Vital statistics of India. Vol. VI, European troops 1870-79
Year: 1870
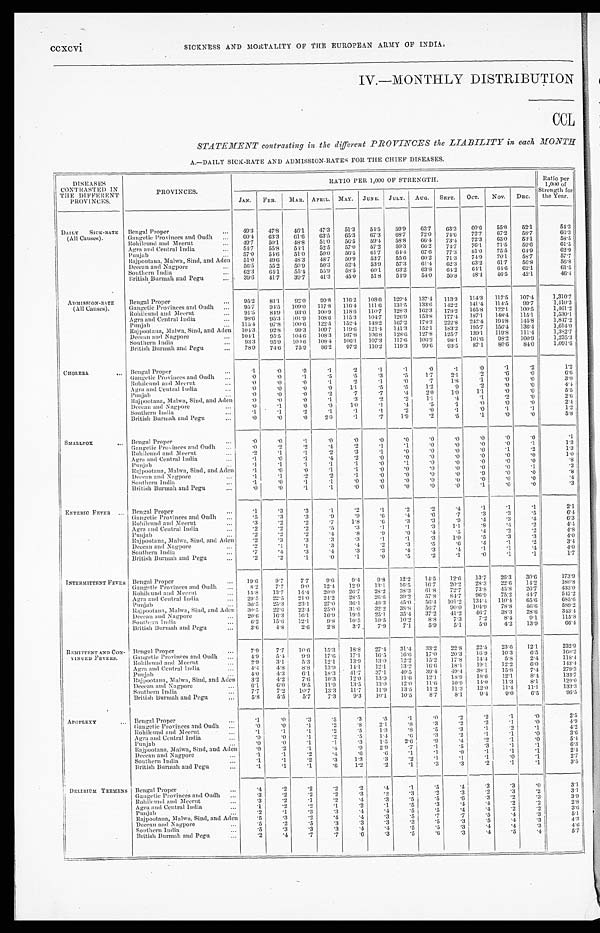
ccxcvi
SICKNESS AND MORTALITY OF THE EUROPEAN ARMY OF INDIA.
IV.—MONTHLY DISTRIBUTION
CCL
STATEMENT contrasting in the different PROVINCES the LIABILITY in each MONTH
A.—DAILY SICK-RATE AND ADMISSION-RATES FOR THE CHIEF DISEASES.
DISEASES
CONTRASTED IN
THE DIFFERENT
PROVINCES.
PROVINCES.
RATIO PER 1,000 OF STRENGTH.
Ratio per
1, 000 of
Strength for
the Year.
JAN. FEB.
MAR. APRIL. MAY. JUNE. JULY. AUG. SEPT. OCT.
NOV. DEC.
DAILY SICK-RATE
(All Causes).
Benga1 Proper
. . .
49. 3
47.8 46.1
47.3
51.3
54.5
59.9
63.7
63.3
60.6
55.8
52.1
54. 3
Gangetic Provinces and Oudh
. . . 60.4
63.3 61.6
63.5
65.3
67.3
68.7
72.0
74.6
72.7
67.2 58.7
66.3
Rohilcund and Meerut
. . . 49. 7
50.1
48.8
51.0
56.5
59.4
58.8
66.4
73.4
72.3
65.0
53.1
5 8 . 5
Agra and Central India
. . . 54.7
55.8 54. 1
52.5
57.0
57.2
59.3
66.2
74.7
76.1
71.5
59.6
6 1 . 5
Punjab
. . . 57. 0
54.6 51.0
50.0
56.5
61.7
6 4 . 4
67.6
77.3
81.0
75.5
6 4 . 9
62.9
Rajpootana, Malwa, Sind, and Aden
51. 0
49.6 48. 3
48.7
50.9
53.7
55.6
60.2
71.3
74.9
70.1 58.7
5 7 . 7
Deccan and Nagpore
. . . 56.5
55 2
50. 9
50.3
52.4
53.9
57.3
61.4
62.3
63.2
61.7
56.8
56.8
Southern India
. . . 62. 3
64.1 55.4
55.9
58.5
60.1
63.2
63.8
64.2
64.1
6 4 . 6
62.1
61.5
British Burmah and Pegu
. . . 39. 6
41.7 39. 7
41.3
45.0
51.8
54.9
54.0
50.8
48.4
46.5
42.1
46.4
ADMISSION-RATE
(All Causes).
Bengal Proper
. . . 95.2
81.1 92.0 99.8
116.2 108.6
129.4
137.4
113.3 114.3
117.5 107.4
1,310.7
Gangetic Provinces and Oudh
. . . 95.7
94.5 109.0 117.8
116.4
111.6 131.5 133.6
142.2
141.4 114.5
99.7
1, 410. 3
Rohilcund and Meerut
. . . 91.5
84.9 93.0 100.9 118.6 110.7
128.3 162.3 178.2
1 6 5 . 8
122.1
1 0 0 . 5
1 , 4 6 1 . 2
Agra and Central India
. . . 98.6
95.3 101.9 108.6
115.3
104.7
126.9
153.8
177.4
1 8 7 . 1
148.4
115.1
1,530.1
Punjab
. . . 115.4
97.8 100.6 122.5 152.4 148.2
167.2 178.3
222.8
2 4 2 . 4
1 9 4 . 8
1 4 5 . 8
1 , 8 4 7 . 2
Rajpootana, Malwa, Sind, and Aden 104.3
92.8 99.3 109.7
119.6
121.4
141.3 152.1
183.2 195.7
1 5 6 . 4 136.4
1,614.0
Deccan and Nagpore
. . . 104.1
95.5 104.6 108.3
107.8 106.8 128.6
127.8
125.7 139.1
1 1 9 . 8
1 1 1 . 4
1,382.7
Southern India
...
93.3
95.9 100.6 108.4
106.1
107.3
117.6 106.2
98.1
101.6
98.2
100.9
1,235.3
British Burmah and Pegu
. . . 78.9
74.6 75.9
86.2
97.2
110.2
119.3
99.6
93.5
87.1
80.6
84.0
1,091.6
CHOLERA.
. . .
Bengal Proper
. . .
. 1
.0
. 3
. 1
. 2
. 1
. 1
. 0
. 1
. 0
.1
.2
1.2
Gangetic Provinces and Oudh ...
.0
.0 .1
.5
.5
.3
.5
1.7
2.1
. 2
. 6
. 0
6 . 6
Rohilcund and Meerut
...
.0
.0 .0
. 1
.2
. 1
.0
. 7
1.8
.1
.0
.0
3 . 0
Agra and Central India
...
.0
.0 .0
.0
1. 1
.5
.5
1.2
.9
.2
. 0
. 0
4 . 4
Punjab
. . .
.0
.0 .0
.2
.7
.7
. 4
2.0
1.0
1.1
.0
.0
5.5
Rajpootana, Malwa, Sind, and Aden
.0
.0 .0
.1
.3
.2
.2
1 . 1
. 4
.1
.2
.0
2.6
Deccan and Nagpore
...
.0
.1
.0
.0
1.0
.1
.4
.5
.1
.0
. 0
. 0
2 . 4
Southern India
.1
.1
. 2
.1
.1
.1
.2
.0
.1
. 0
. 1
. 1
1 . 2
British Burmah and Pegu
. . .
. 0
.0 .0
2. 0
.1
. 7
1.9
. 2
.5
.1
.0
.0
5.8
SMALLPOX
. . . Bengal Proper
...
.0
. 0
. 1
.0
.0
.0
.0
.0
. 0
.0
.0
.0
.1
Gangetic Provinces and Oudh ...
.0
.2 .2
. 4
.2
.1
.1
.0
. 0
.0
.0
.1
1.3
Rohilcund and Meerut
. . .
.2
.1 .1
.2
.3
. 1
.0
.0
.0
.0
.1
.2
1 . 3
Agra and Central India
...
.1
.0 .1
.4
.2
.0
.0
.0
.0
.0
.0
.0
1 . 0
Punjab
...
.1
.1 .1
.1
.1
.0
.1
.0
.0
. 0
. 0
. 0
. 8
Rajpootana, Malwa, Sind, and Aden
.1
.0 .0
.1
.1
.0
.0
.0
.0
.0
.0
.1
. 3
Deccan and Nagpore
. . .
.1
. 1
.2
.2
.1
.0
.0
.0
.0
.9
.0
.0
. 8
Southern India
...
. 1
.0 .1
.1
.0 .0
.0
.0
. 0
. 0
.0
.0
. 4
British Burmah and Pegu
...
. 0
.0 .1
.1
.0
.0
.0
.0
.0
. 1
.0
.0
. 3
ENTERIC FEVER ... Bengal Proper
...
. 1
.3 .3
.1
.2
.1
.2
.2
.4
.1
.1
. 1
2.1
Gangetic Provinces and Oudh
. . .
.5
.3 .3
.9
.9
.6
.4
. 6
.7
.3
.3
.5
6 . 4
Rohilcund and Meerut
. . .
.3
.2 .2
.7
1.8
.6
.3
.3
.9
.4
.3
.4
6.3
Agra and Central India
. . .
.2
.2 .2
.5
.3
.1
.1
.3
1.1
.8
. 4
.2
4 . 4
Punjab
...
.2
.2 .2
.4
.8
.9
.6
.4
.5
.4
.2
.2
4. 8
Rajpootana, Malwa, Sind, and Aden
.2
.3 .3
.3
.3
.1
.1
.3
1.0
.5
.3
.3
4.0
Deccan and Nagpore
...
.2
. 1
.1
.3
. 4
. 2
.3
.5
.6
. 4
. 1
.2
3 . 4
Southern India
...
.7
.4 .3
.4
.3
.3
.4
.3
. 4
.1
. 1
. 4
4 . 0
British Burmah and Pegu
. . .
.2
.2 .1
.0
.1
.0
.5
.2
.1
. 0
.1
.1
1.7
INTERMITTENT FEVER Bengal Proper
. . .
19.6
9.7
7.7
9.6
9.4
9.8
12.2
14.5
12.6
1 3 . 7
26.3
30.6
173.9
Gangetic Provinces and Oudh ...
8.2
7.7
9 . 0 12.4
12.9
13.1
16.5
16.7
20.2
2.83
22.6
14.2
1 8 0 . 8
Rohilcund and Meerut
...
15.8
13.7
14.4
20.0
26.7
28.2
38.3
61.8
72.7
73.8
45.8
26.7
4 3 3 . 0
Agra and Central India
...
29.5
22.5
21.0
24.2
28.5
26.6
39.2
57.8
84.7
96.9
75.2
44.7
5 4 7 . 2
Punjab
...
36.5
25.3
23.1
27.0
36.1
40.3
45.0
56.4 101.2 134.4 110.4
65.6
6 8 5 . 6
Rajpootana, Malwa, Sind, and Aden
30.5
22.6
22.4
25.0
31.0
32.2
38.8
56.7
90.0 104.9
78.8
56.6
5 8 9 . 2
Deccan and Nagpore
...
20.6
16.3
16.1
16.9
19.5
25.1
35.4
37.2
41.2
46.7
38.3
28.6
3 4 3 . 4
Southern India
. . . 6.2
15.6 12.1
9.8
10.5
10.5
10.2
8.8
7.3
7.2
8.4
9.1
115.8
British Burmah and Pegu
...
3 . 6 4.8 2.6
2.8
3.7
7.9
7.1
5.9
5.1
5.0
4 . 2
1 3 . 9
6 6 . 4
REMITTENT AND CON-
TINUED FEVERS.
Bengal Proper
...
7.9
7.7 10.6
15.3
1 8 . 8 27.4
31.4
33.2
22.8
22.5
23.6
12.1
232.9
Gangetic Provinces and Oudh ...
4.9
5.4
9 . 9 17.6
17.1
16.5
16.6
17.0
20.3
1 6 . 9
1 0 . 3
6 . 5
1 6 0 . 2
Rohilcund and Meerut
. . .
2.9
3.1
5.3
12.1
13.9
13.0
12.2
15.2
17.8
14.4
5 . 8
2 . 4
1 1 8 . 4
Agra and Central India
...
4.4
4.8
8.8
13.9
14.1
12.1
13.2
1 6 . 6 18.1
19.1 12.2
6 . 0
143.4
Punjab
...
4.0
4.3
6.1
18.3
41.7
37.1
40.5
39.4
49.4
38.1
1 5 . 8
7 . 4
2 7 9 . 3
Rajpootana, Malwa, Sind, and Aden
3.2
4.2
7.6
10.3
12.0
13.9
11.6
12.1
18.9
1 8 . 6
1 2 . 1
8 . 4
133.7
Deccan and Nagpore
...
6.1
6.0 9.5
11.9
13.5
13.0
12.0
11.6
10.9
14.0
11.3
8.1
129.0
Southern India
...
7.7
7.2
10.7
13.3
11.7
1 1 . 9
13.5
11.2
11.3
12.0
11.4
1 1 . 1
133.3
British Burmah and Pegu
...
5.8
5.5
5.7
7.3
9.3
10.1
10.5
8.7
8.1
9.4
9.0
6.5
96.5
APOPLEXY
. . .
Bengal Proper
...
. 1
.0 .3
. 5
. 3
.5
.1
.0
.2
.2
.1
.0
2.5
I
Gangetic Provinces and Oudh ...
.0
.0 .1
.2
.8
2.1
. 8
.3
.2
.2
.1
.0
4 . 9
Rohilcund and Meerut
. . .
. 1
.1 .1
.2
.5
1.3
.8
. 5
.3
. 1
. 2
. 1
4 . 2
Agra and Central India
. . .
. 0
.0 .1
.2
.5
1.4
.6
.3
.2
.1
. 1
.0
3.6
Punjab
...
.0
.0 .1
.1
.3
1.5
2.6
. 9
.4
.2
. 1
.0
5 . 4
Rajpootana, Malwa, Sind, and Aden
.0
.2 .1
. 4
.9
2.9
.7
. 1
. 5
. 3
.1
.1
6 . 3
Deccan and Nagpore
...
.1
.1 .2
.4
. 6
.6
.1
. 1
. 0
.1
. 1
.1
2 . 4
Southern India
. . .
.1
. 1
.2
.3
1.3
.3
.2
.1
.1
. 1
. 0
.1
2.7
British Burmah and Pegu
. . .
. 1
.1 .1
.6
1.2
. 2
.1
.3
.3 .2
.1
. 1
3
.5
DELIRIUM TREMENS Bengal Proper
. . .
. 4
.2 .2
.2
.2
.4
.1
.5
.4
.3
.3
.0
3.1
Gangetic Provinces and Oudh ...
.3
.2
.2
.2
.3
.2
.3
.2
. 3 .2
.3
. 2
3.1
Rohilcund and Meerut
. . .
.3
.2
. 1
.2
.4
.3
.5
.5
.6
.3 .2 .3
3.9
Agra and Central India
...
.1
.2
. 2
.1
.2 .1
.5
.3
.4
. 4
.2
.2
2 . 8
Punjab
...
.2
.1 .3
.3
.4
. 4
.5
.5
.4
.4
. 2
. 2
3.6
Rajpootana, Malwa, Sind, and Aden
.5
.3 .2
. 4
.4
.3
.5
. 7
.7
.5
.4
.3
5.1
Deccan and Nagpore
...
.5
.2 .5
.3
.3
.3
.3
.5
.3
.5
. 4
.3
4 . 3
Southern India
. . .
.5
.3 .3
.3
.4
.4
.5
.5
.3
.4
.4
.3
4.6
British Burmah and Pegu
. . .
.2
. 4
.7
.7
. 6
.3
.5
.6
.3
.4
.5
.4
5.7